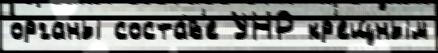
органы соста́в'е УНР кр'ещ́ным